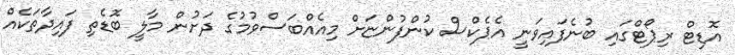
އޮޑިޓް ރިޕޯޓްގައި ބުނެފައިވަނީ އެޕެކްސް ކުންފުންޏަށް މިއެއްބަސްވުމުގެ ދަށުން މާލީ ބޮޑެތި ފައިދާތަކެއް